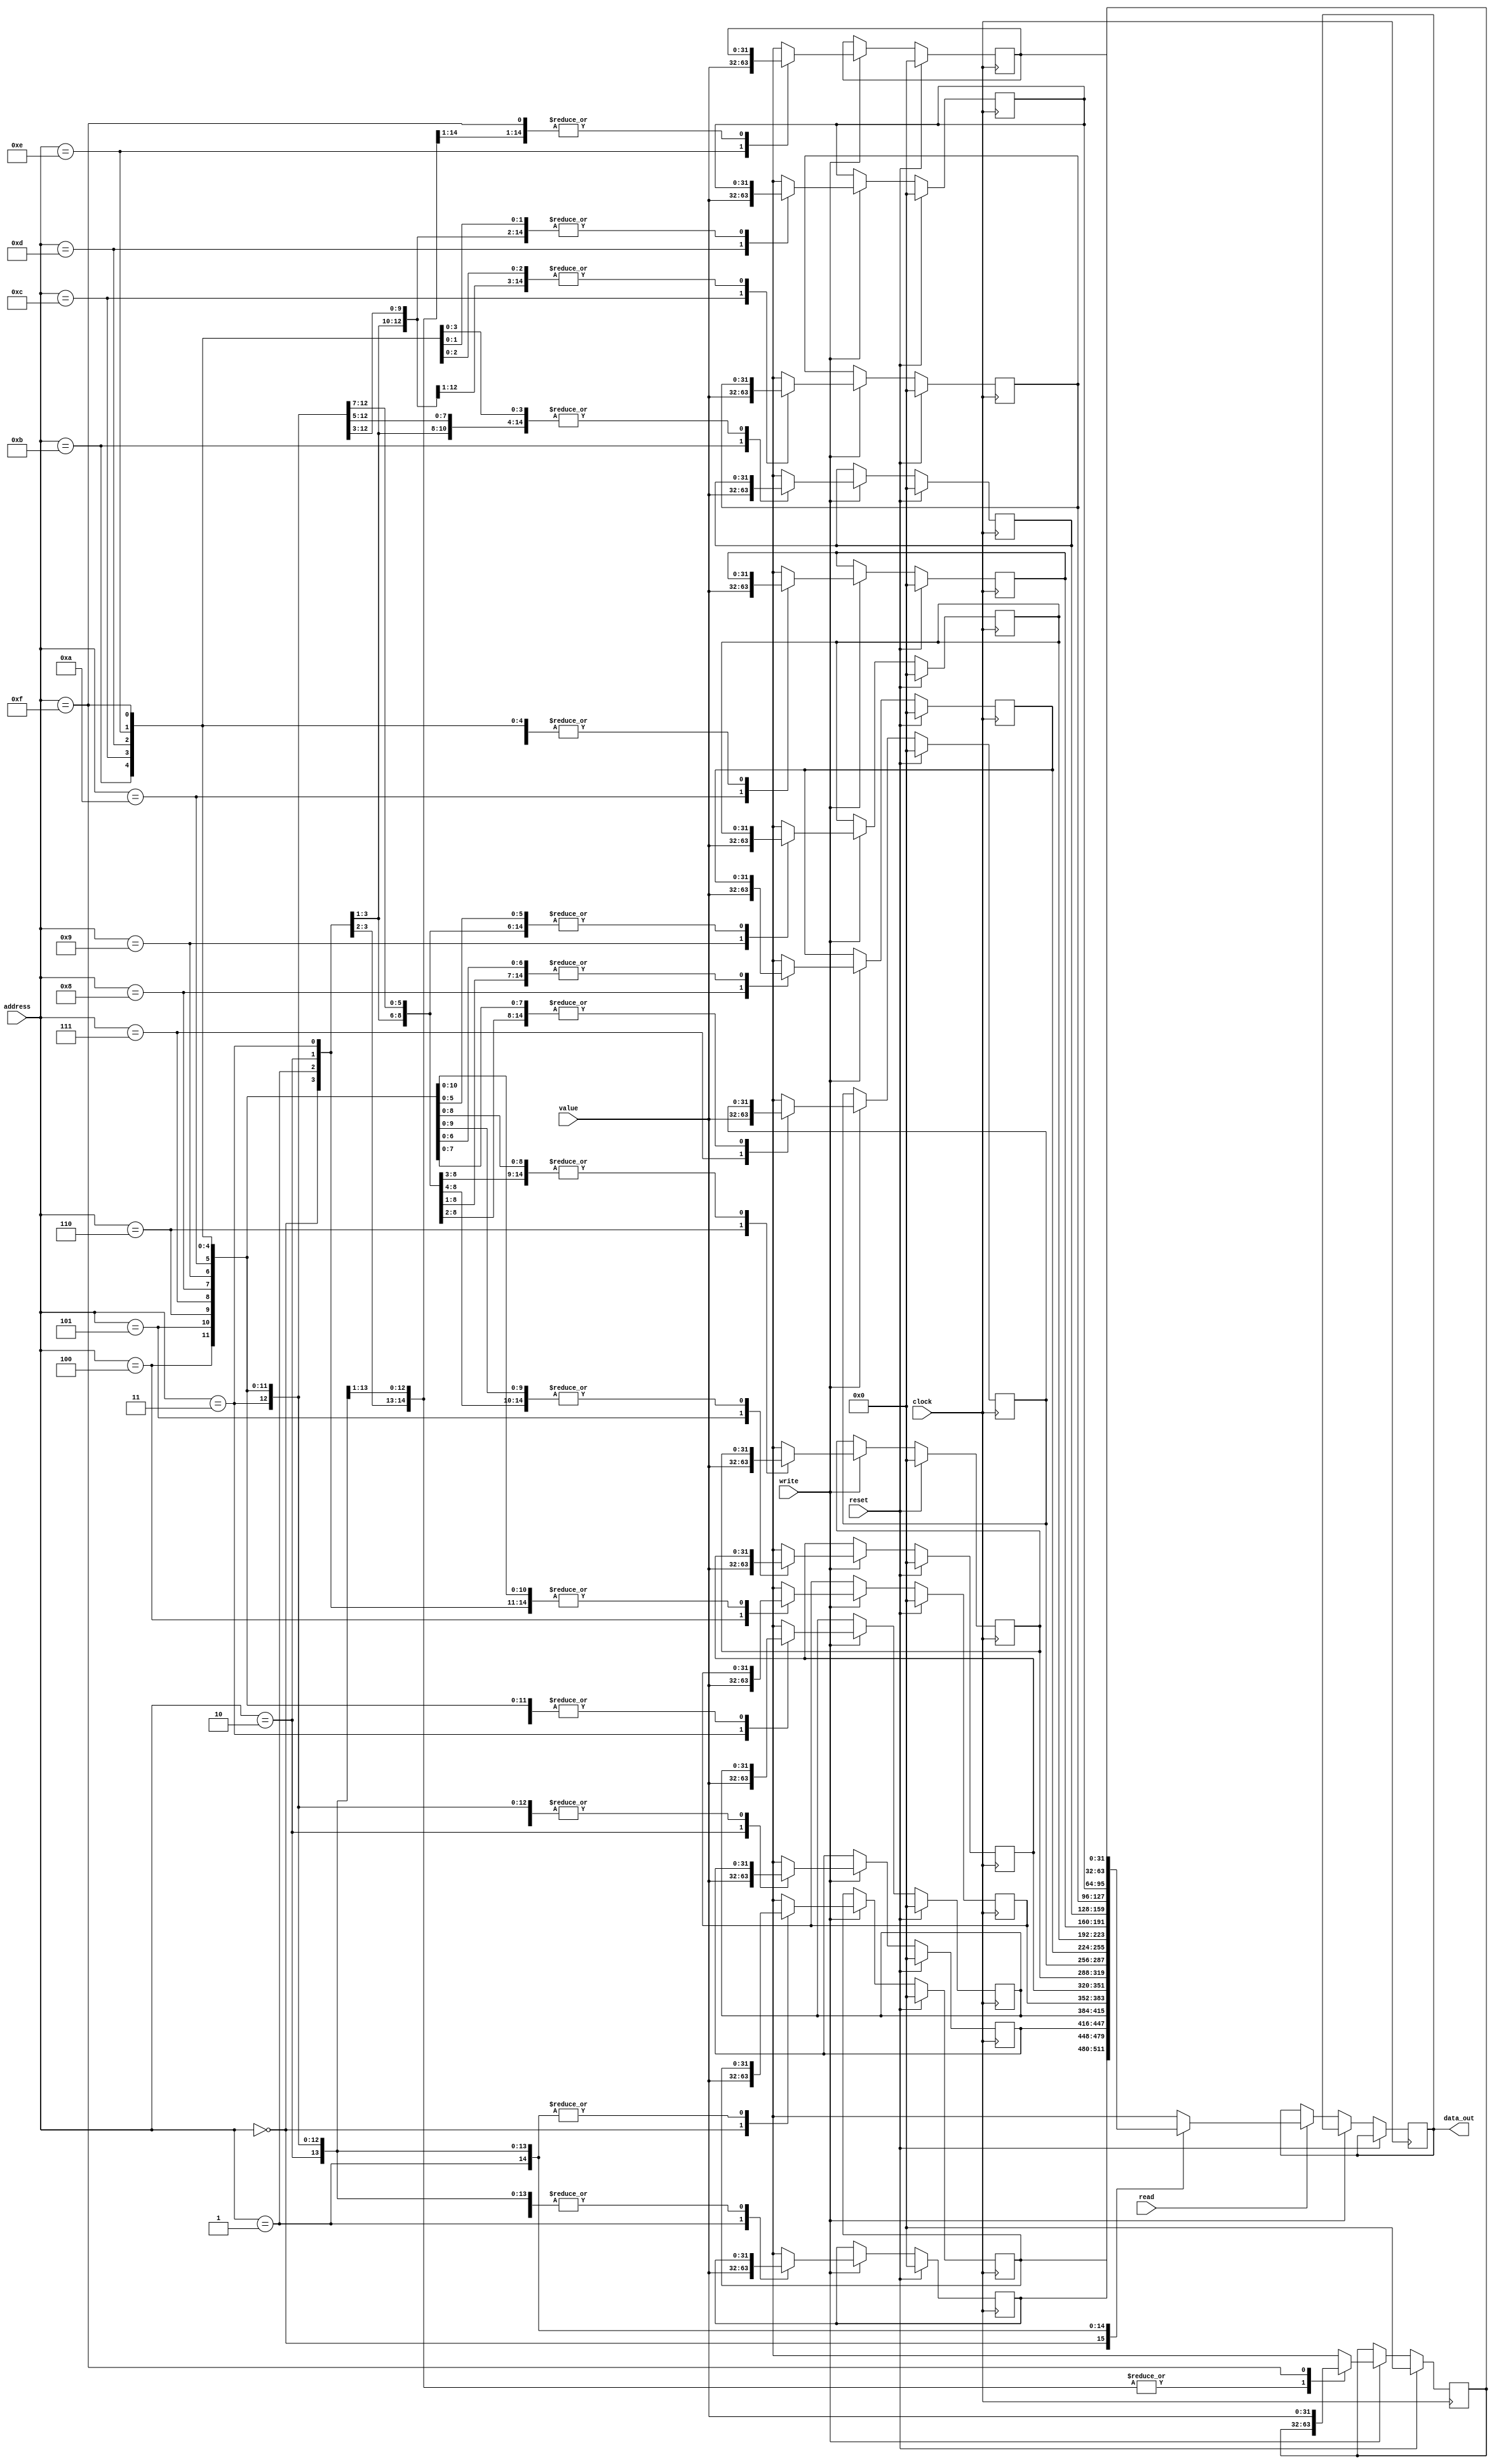
module Reg(address,clock, value, write, reset, read, data_out);

input [3:0] address;
input [31:0] value;
input write, reset, read,clock;
output reg [31:0] data_out;
integer i;
reg [31:0] Reg [15:0];
	

	
always @(posedge clock)
	begin
		if (reset==1) begin
			for (i = 0; i < 16; i = i + 1)begin
					Reg[i] = 0; 
					 end 
					 end

					
		else if (write == 1) begin
					Reg[address] = value; end
					
		else if (read == 1) begin
					data_out = Reg[address]; end
					
		else begin
		data_out = data_out; end
		
	end

endmodule